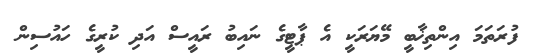
ފުރަތަމަ އިންތިޚާބީ މޭޔަރަކީ އެ ޕާޓީގެ ނައިބު ރައީސް އަދި ކުރީގެ ހައުސިން